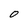
Character: O